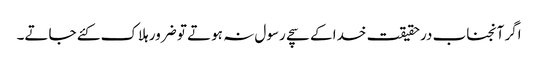
اگر آنجناب درحقیقت خدا کے سچے رسول نہ ہوتے تو ضرور ہلاک کئے جاتے۔